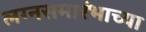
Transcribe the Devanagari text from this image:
लग्नसमारंभाच्या